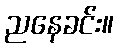
ညနေခင်း။